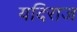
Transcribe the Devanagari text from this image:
यदिराज